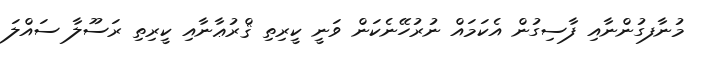
މުނާފގުންނާއި ފާސިގުން އެކަމައް ނުރުހޭނެކަން ވަނީ ކީރިތި ޤްރުޢާނާއި ކީރިތި ރަސޫލާ ސައްލަ